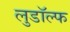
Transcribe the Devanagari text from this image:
लुडॉल्फ